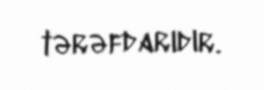
tərəfdarıdır.